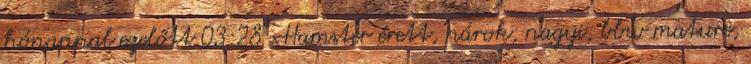
hónappal ezelőtt 03:28 xHamster érett, párok, nagyi, bbw mature,